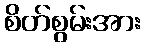
စိတ်စွမ်းအား